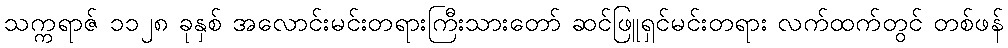
သက္ကရာဇ် ၁၁၂၈ ခုနှစ် အလောင်းမင်းတရားကြီးသားတော် ဆင်ဖြူရှင်မင်းတရား လက်ထက်တွင် တစ်ဖန်